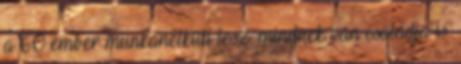
a 60 ember munkanélküli lesz. mindnek van családja is.